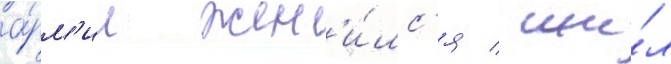
а́рм'ии жен'и́лс'я / жи́л